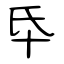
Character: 氒